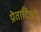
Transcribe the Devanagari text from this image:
प्रेतादिकों